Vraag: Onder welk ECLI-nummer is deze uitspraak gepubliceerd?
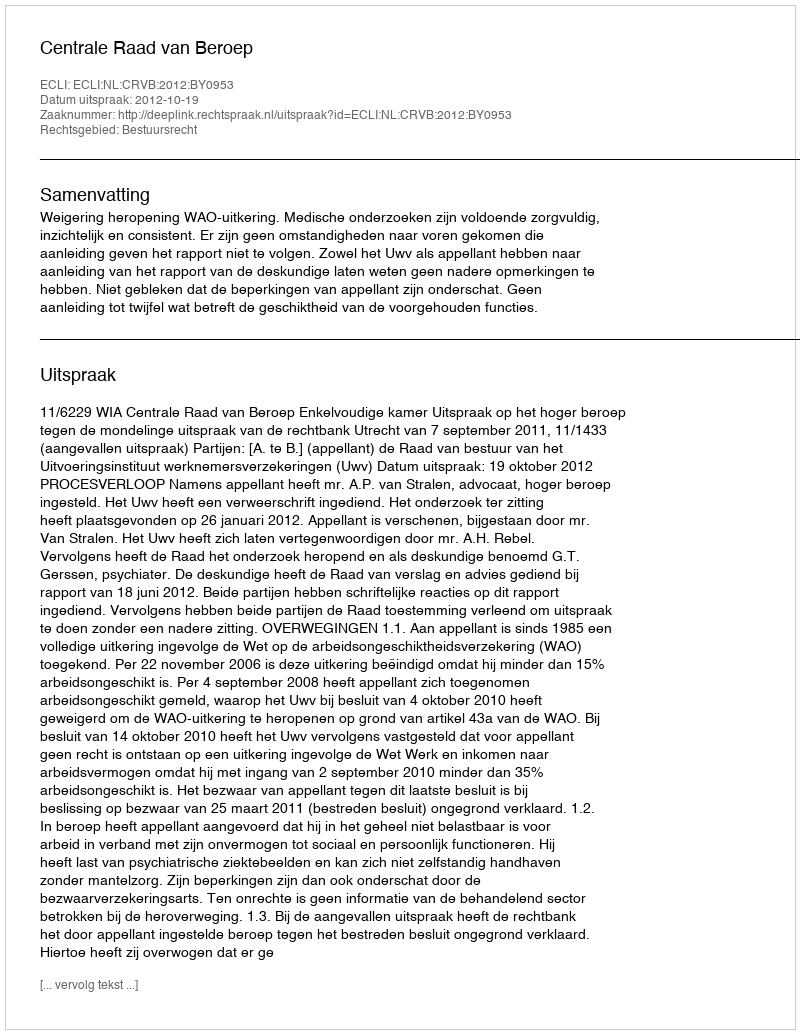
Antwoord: ECLI:NL:CRVB:2012:BY0953